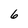
Character: 6